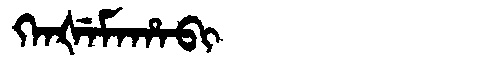
Manchu: ᡴᡝᠨᡧᡝᠮᠠᡥᠠᠪᡳ
Romanization: KENŠEMAHABI